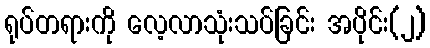
ရုပ်တရားကို လေ့လာသုံးသပ်ခြင်း အပိုင်း(၂)